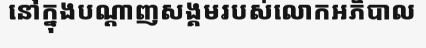
នៅក្នុងបណ្តាញសង្គមរបស់លោកអភិបាល